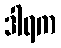
ဒါရက